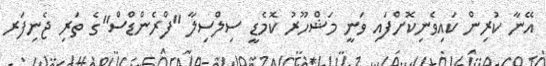
އޭނާ ކުރިން ކައިވެނިކޮށްފައި ވަނީ މަޝްހޫރު ކޮމެޑީ ސިލްސިލާ "ފްރެންޑްސް"ގެ ތަރި ޖެނިފަރ